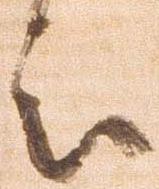
被